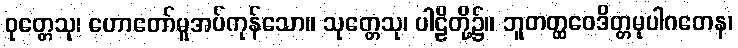
ဝုတ္တေသု၊ ဟောတော်မူအပ်ကုန်သော။ သုတ္တေသု၊ ပါဠိတို့၌။ ဘူတတ္ထဝေဒိတ္တမုပါဂတေန၊